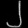
Digit: ၂